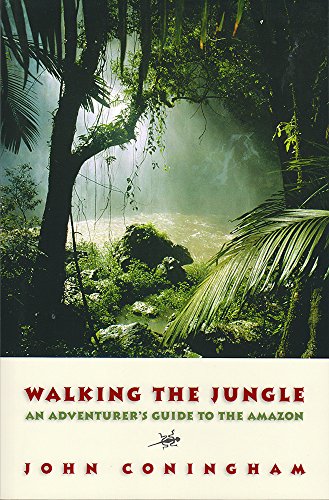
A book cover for Walking the Jungle: An Adventurer's Guide to the Amazon; John Coningham; Science & Math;